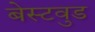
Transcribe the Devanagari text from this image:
बेस्टवुड